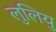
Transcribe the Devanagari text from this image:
लुलियु